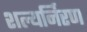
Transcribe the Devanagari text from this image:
शल्यर्निरण